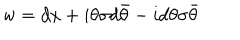
{ \sf w } = d x + i \theta \sigma d \bar { \theta } - i d \theta \sigma \bar { \theta }